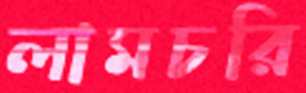
লামচরি